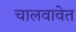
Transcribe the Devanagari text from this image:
चालवावेत